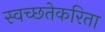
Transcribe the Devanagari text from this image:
स्वच्छतेकरिता